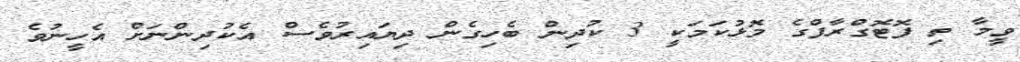
ވީމާ ތި ފޮޓޮގްރާފްގެ މޮޅުކަމަކީ 3 ކުދިން ބެހިގެން ދިޔައިރުވެސް އެކުދިންނަށް އެހީނުވެ